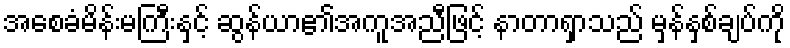
အစေခံမိန်းမကြီးနှင့် ဆွန်ယာ၏အကူအညီဖြင့် နာတာရှာသည် မှန်နှစ်ချပ်ကို